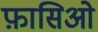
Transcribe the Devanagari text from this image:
फ़ासिओ